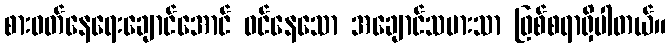
စားဝတ်နေရေးချောင်အောင် ဝင်နေသော အချောင်သမားသာ ဖြစ်စရာရှိပါတယ်။